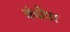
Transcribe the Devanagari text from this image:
कंधेपर